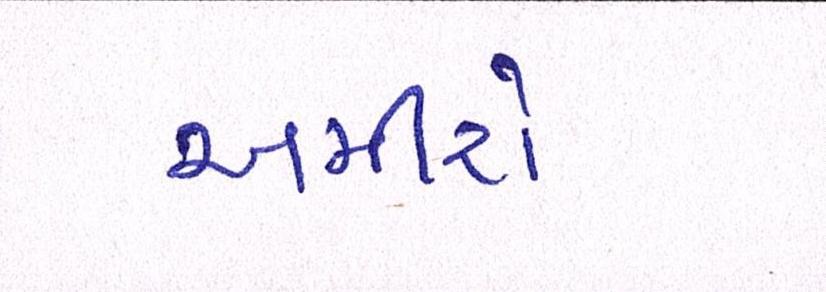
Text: અમીરો